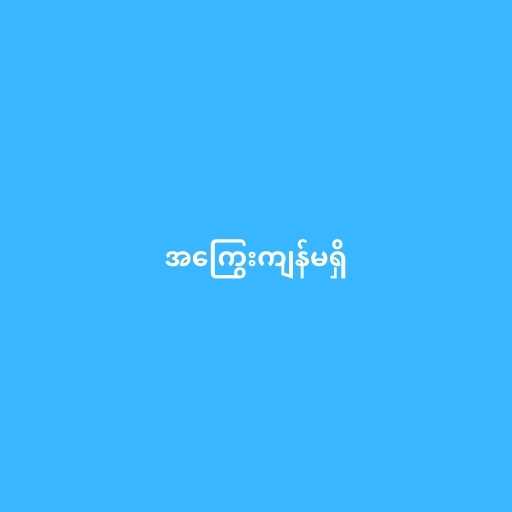
အကြွေးကျန်မရှိ